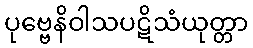
ပုဗ္ဗေနိဝါသပဋိသံယုတ္တာ